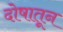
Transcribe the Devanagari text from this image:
दोषातून